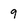
Character: 9